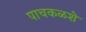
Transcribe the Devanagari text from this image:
पाचकळशे